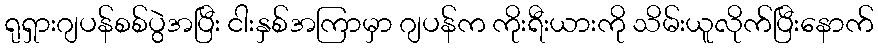
ရုရှားဂျပန်စစ်ပွဲအပြီး ငါးနှစ်အကြာမှာ ဂျပန်က ကိုးရီးယားကို သိမ်းယူလိုက်ပြီးနောက်